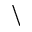
\backslash